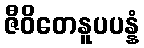
ဇီဝိတေနူပပန္နံ